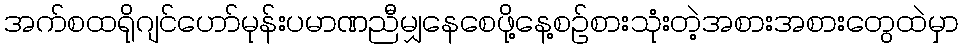
အက်စထရိုဂျင်ဟော်မုန်းပမာဏညီမျှနေစေဖို့နေ့စဉ်စားသုံးတဲ့အစားအစားတွေထဲမှာ